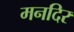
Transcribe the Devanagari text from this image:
मनदिर